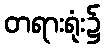
တရားရုံး၌